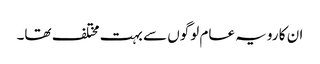
ان کا رویہ عام لوگوں سے بہت مختلف تھا۔